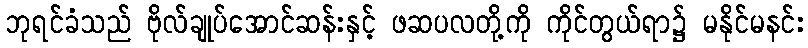
ဘုရင်ခံသည် ဗိုလ်ချုပ်အောင်ဆန်းနှင့် ဖဆပလတို့ကို ကိုင်တွယ်ရာ၌ မနိုင်မနင်း